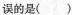
误的是( )